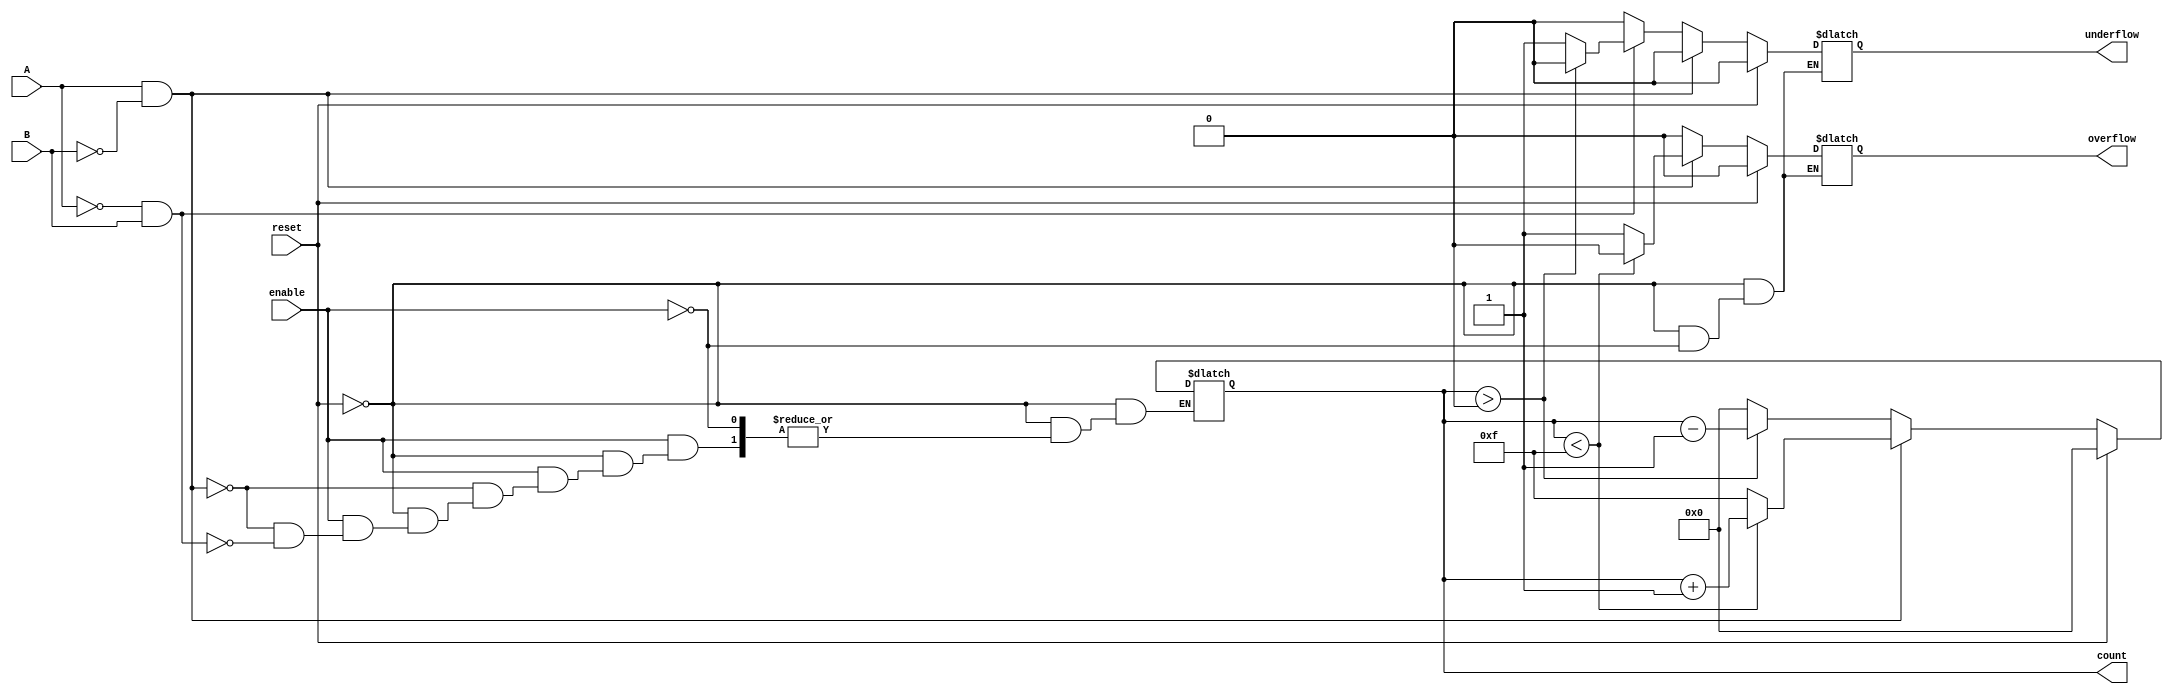
module dynamic_asynchronous_counter (
    input wire A,          // Count up signal
    input wire B,          // Count down signal
    input wire reset,      // Asynchronous reset
    input wire enable,     // Enable signal
    output reg [3:0] count, // 4-bit count output
    output reg overflow,    // Overflow flag
    output reg underflow     // Underflow flag
);

// Initialize count, overflow, and underflow
initial begin
    count = 4'b0000; // Initial state
    overflow = 0;
    underflow = 0;
end

always @(*) begin
    // Reset Logic
    if (reset) begin
        count = 4'b0000;
        overflow = 0;
        underflow = 0;
    end else if (enable) begin
        // Counting Logic
        if (A && !B) begin
            // Count Up
            if (count < 4'b1111) begin
                count = count + 1;
                overflow = 0;
            end else begin
                count = 4'b1111; // Keep at max
                overflow = 1;    // Set overflow flag
            end
            underflow = 0; // Clear underflow flag
        end else if (!A && B) begin
            // Count Down
            if (count > 4'b0000) begin
                count = count - 1;
                underflow = 0;
            end else begin
                count = 4'b0000; // Keep at min
                underflow = 1;   // Set underflow flag
            end
            overflow = 0; // Clear overflow flag
        end else begin
            // No counting
            overflow = 0;
            underflow = 0;
        end
    end
end

endmodule